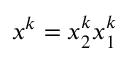
\boldsymbol { x } ^ { k } = x _ { 2 } ^ { k } x _ { 1 } ^ { k }